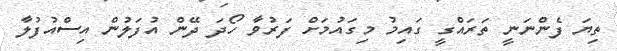
ތިޔަ ފެންނަނީ ތަރައްގީ ގައިމު މިގައުމަށް ފަރުވާ ހޯދަ ދޭން އުފަލުން އިސްއުފުލާ